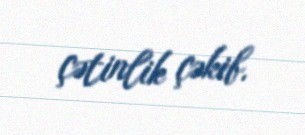
çətinlik çəkib.